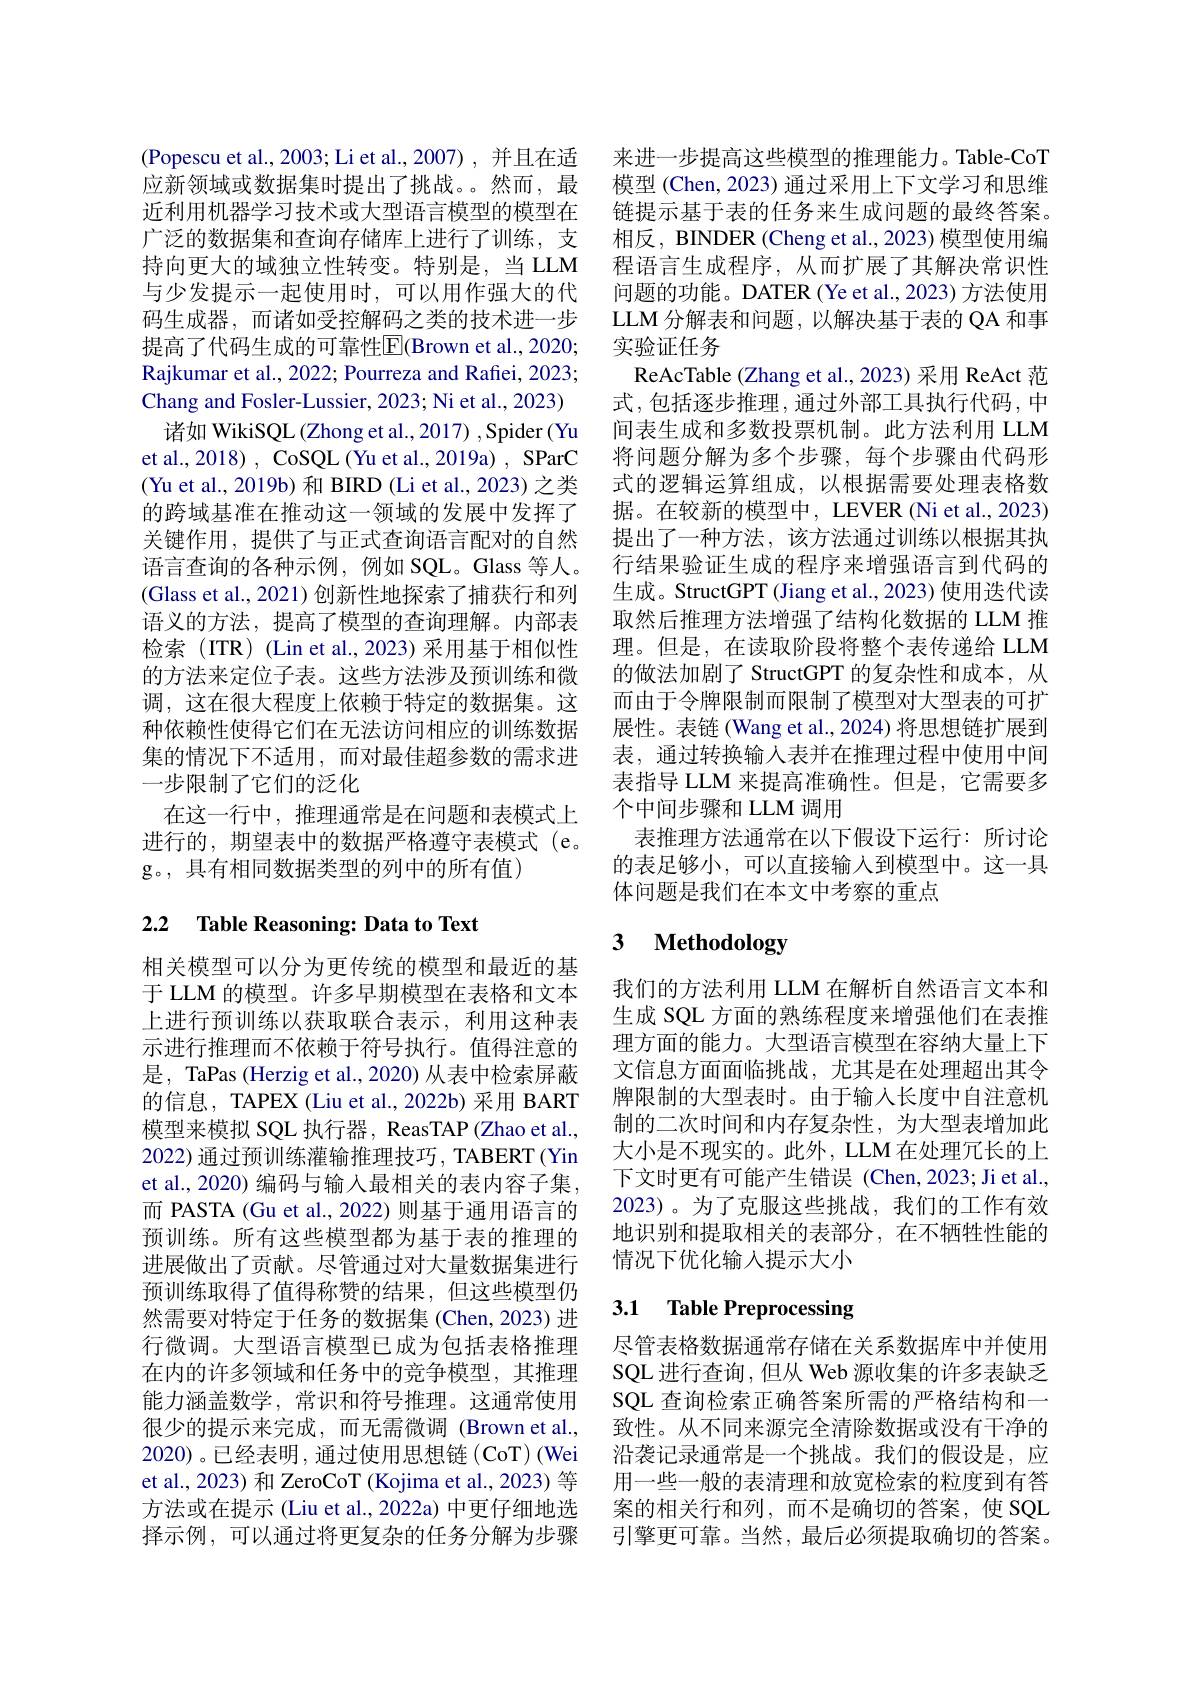
(Popescu et al., 2003; Li et al., 2007) , 并且在适 来进一步提高这些模型的推理能力。Table-CoT
应新领域或数据集时提出了挑战。然而，最近利用机器学习技术或大型语言模型的模型在广泛的数据集和查询存储库上进行了训练，支持向更大的域独立性转变。特别是，当 LLM 与少发提示一起使用时，可以用作强大的代码生成器，而诸如受控解码之类的技术进一步提高了代码生成的可靠性$\overline{\mathrm{E}}($Brown et al.,2020; Rajkumar et al., 2022; Pourreza and Rafiei, 2023; Chang and Fosler-Lussier, 2023; Ni et al., 2023)
诸如 WikiSQL (Zhong et al., 2017) , Spider (Yu et al., 2018) , CoSQL (Yu et al., 2019a) , SParC (Yu et al., 2019b) 和 BIRD (Li et al., 2023) 之类的跨域基准在推动这一领域的发展中发挥了关键作用，提供了与正式查询语言配对的自然语言查询的各种示例，例如 SQL。Glass 等人。(Glass et al., 2021)创新性地探索了捕获行和列语义的方法，提高了模型的查询理解。内部表检索(ITR)(Lin et al., 2023) 采用基于相似性的方法来定位子表。这些方法涉及预训练和微调，这在很大程度上依赖于特定的数据集。这种依赖性使得它们在无法访问相应的训练数据集的情况下不适用，而对最佳超参数的需求进一步限制了它们的泛化
在这一行中，推理通常是在问题和表模式上进行的，期望表中的数据严格遵守表模式 (e。g。,具有相同数据类型的列中的所有值)

## 2.2 Table Reasoning: Data to Text

相关模型可以分为更传统的模型和最近的基于 LLM 的模型。许多早期模型在表格和文本上进行预训练以获取联合表示，利用这种表示进行推理而不依赖于符号执行。值得注意的是，TaPas (Herzig et al.,2020) 从表中检索屏蔽的信息，TAPEX (Liu et al., 2022b) 采用 BART 模型来模拟 SQL 执行器，ReasTAP (Zhao et al., 2022) 通过预训练灌输推理技巧，TABERT (Yin et al., 2020) 编码与输入最相关的表内容子集， 而 PASTA (Gu et al., 2022) 则基于通用语言的预训练。所有这些模型都为基于表的推理的进展做出了贡献。尽管通过对大量数据集进行预训练取得了值得称赞的结果，但这些模型仍然需要对特定于任务的数据集 (Chen, 2023) 进行微调。大型语言模型已成为包括表格推理在内的许多领域和任务中的竞争模型，其推理能力涵盖数学，常识和符号推理。这通常使用很少的提示来完成，而无需微调 (Brown et al., 2020)。已经表明，通过使用思想链(CoT)(Wei et al., 2023) 和 ZeroCoT (Kojima et al., 2023) 等方法或在提示 (Liu et al., 2022a) 中更仔细地选择示例，可以通过将更复杂的任务分解为步骤

模型 (Chen, 2023) 通过采用上下文学习和思维链提示基于表的任务来生成问题的最终答案。相反，BINDER (Cheng et al., 2023) 模型使用编程语言生成程序，从而扩展了其解决常识性问题的功能。DATER (Ye et al.,2023) 方法使用LLM 分解表和问题，以解决基于表的 QA 和事实验证任务
ReAcTable (Zhang et al., 2023) 采用 ReAct 范式，包括逐步推理，通过外部工具执行代码，中间表生成和多数投票机制。此方法利用 LLM 将问题分解为多个步骤，每个步骤由代码形式的逻辑运算组成，以根据需要处理表格数据。在较新的模型中，LEVER (Ni et al., 2023) 提出了一种方法，该方法通过训练以根据其执行结果验证生成的程序来增强语言到代码的生成。StructGPT (Jiang et al., 2023) 使用迭代读取然后推理方法增强了结构化数据的 LLM 推理。但是，在读取阶段将整个表传递给 LLM 的做法加剧了 StructGPT 的复杂性和成本，从而由于令牌限制而限制了模型对大型表的可扩展性。表链(Wang et al.,2024)将思想链扩展到表，通过转换输入表并在推理过程中使用中间表指导 LLM 来提高准确性。但是，它需要多个中间步骤和 LLM 调用
表推理方法通常在以下假设下运行：所讨论的表足够小，可以直接输入到模型中。这一具体问题是我们在本文中考察的重点

# 3 Methodology

我们的方法利用 LLM 在解析自然语言文本和生成 SQL 方面的熟练程度来增强他们在表推理方面的能力。大型语言模型在容纳大量上下文信息方面面临挑战，尤其是在处理超出其令牌限制的大型表时。由于输入长度中自注意机制的二次时间和内存复杂性，为大型表增加此大小是不现实的。此外，LLM 在处理冗长的上下文时更有可能产生错误(Chen,2023;Ji et al., 2023)。为了克服这些挑战，我们的工作有效地识别和提取相关的表部分，在不牺牲性能的情况下优化输入提示大小

## 3.1 Table Preprocessing

尽管表格数据通常存储在关系数据库中并使用SQL 进行查询，但从 Web 源收集的许多表缺乏SQL 查询检索正确答案所需的严格结构和一致性。从不同来源完全清除数据或没有干净的沿袭记录通常是一个挑战。我们的假设是，应用一些一般的表清理和放宽检索的粒度到有答案的相关行和列，而不是确切的答案，使 SQL 引擎更可靠。当然，最后必须提取确切的答案。